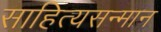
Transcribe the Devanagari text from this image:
साहित्यसन्मान